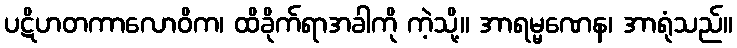
ပဋိဟတကာလောဝိက၊ ထိခိုက်ရာအခါကို ကဲ့သို့။ အာရမ္မဏေန၊ အာရုံသည်။